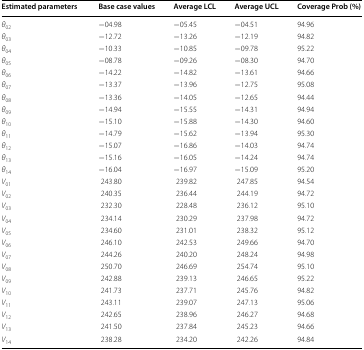
<table><thead><tr><td><b>Estimated parameters</b></td><td><b>Base case values</b></td><td><b>Average LCL</b></td><td><b>Average UCL</b></td><td><b>Coverage Prob (%)</b></td></tr></thead><tbody><tr><td><i>θ</i><sub>02</sub></td><td>−04.98</td><td>−05.45</td><td>−04.51</td><td>94.96</td></tr><tr><td><i>θ</i><sub>03</sub></td><td>−12.72</td><td>−13.26</td><td>−12.19</td><td>94.82</td></tr><tr><td><i>θ</i><sub>04</sub></td><td>−10.33</td><td>−10.85</td><td>−09.78</td><td>95.22</td></tr><tr><td><i>θ</i><sub>05</sub></td><td>−08.78</td><td>−09.26</td><td>−08.30</td><td>94.70</td></tr><tr><td><i>θ</i><sub>06</sub></td><td>−14.22</td><td>−14.82</td><td>−13.61</td><td>94.66</td></tr><tr><td><i>θ</i><sub>07</sub></td><td>−13.37</td><td>−13.96</td><td>−12.75</td><td>95.08</td></tr><tr><td><i>θ</i><sub>08</sub></td><td>−13.36</td><td>−14.05</td><td>−12.65</td><td>94.44</td></tr><tr><td><i>θ</i><sub>09</sub></td><td>−14.94</td><td>−15.55</td><td>−14.31</td><td>94.94</td></tr><tr><td><i>θ</i><sub>10</sub></td><td>−15.10</td><td>−15.88</td><td>−14.30</td><td>94.60</td></tr><tr><td><i>θ</i><sub>11</sub></td><td>−14.79</td><td>−15.62</td><td>−13.94</td><td>95.30</td></tr><tr><td><i>θ</i><sub>12</sub></td><td>−15.07</td><td>−16.86</td><td>−14.03</td><td>94.74</td></tr><tr><td><i>θ</i><sub>13</sub></td><td>−15.16</td><td>−16.05</td><td>−14.24</td><td>94.74</td></tr><tr><td><i>θ</i><sub>14</sub></td><td>−16.04</td><td>−16.97</td><td>−15.09</td><td>95.20</td></tr><tr><td><i>V</i><sub>01</sub></td><td>243.80</td><td>239.82</td><td>247.85</td><td>94.54</td></tr><tr><td><i>V</i><sub>02</sub></td><td>240.35</td><td>236.44</td><td>244.19</td><td>94.72</td></tr><tr><td><i>V</i><sub>03</sub></td><td>232.30</td><td>228.48</td><td>236.12</td><td>95.10</td></tr><tr><td><i>V</i><sub>04</sub></td><td>234.14</td><td>230.29</td><td>237.98</td><td>94.72</td></tr><tr><td><i>V</i><sub>05</sub></td><td>234.60</td><td>231.01</td><td>238.32</td><td>95.12</td></tr><tr><td><i>V</i><sub>06</sub></td><td>246.10</td><td>242.53</td><td>249.66</td><td>94.70</td></tr><tr><td><i>V</i><sub>07</sub></td><td>244.26</td><td>240.20</td><td>248.24</td><td>94.98</td></tr><tr><td><i>V</i><sub>08</sub></td><td>250.70</td><td>246.69</td><td>254.74</td><td>95.10</td></tr><tr><td><i>V</i><sub>09</sub></td><td>242.88</td><td>239.13</td><td>246.65</td><td>95.22</td></tr><tr><td><i>V</i><sub>10</sub></td><td>241.73</td><td>237.71</td><td>245.76</td><td>94.82</td></tr><tr><td><i>V</i><sub>11</sub></td><td>243.11</td><td>239.07</td><td>247.13</td><td>95.06</td></tr><tr><td><i>V</i><sub>12</sub></td><td>242.65</td><td>238.96</td><td>246.27</td><td>94.68</td></tr><tr><td><i>V</i><sub>13</sub></td><td>241.50</td><td>237.84</td><td>245.23</td><td>94.66</td></tr><tr><td><i>V</i><sub>14</sub></td><td>238.28</td><td>234.20</td><td>242.26</td><td>94.84</td></tr></tbody></table>